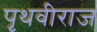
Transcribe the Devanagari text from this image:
पृथवीराज